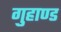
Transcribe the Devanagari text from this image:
गुहाण्ड